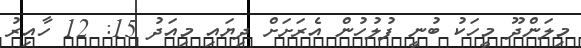
މިލަންދޫ މީހަކު ބުނީ ފުލުހުން އެރަށަށް ދިޔައި މިއަދު 15: 12 ހާއިރު